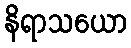
နိရာသယော